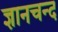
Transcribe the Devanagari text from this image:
ज्ञानचन्द